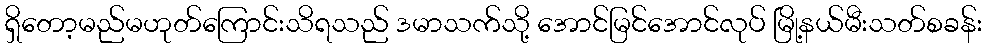
ရှိတော့မည်မဟုတ်ကြောင်းသိရသည် ဒမာသက်သို့ အောင်မြင်အောင်လုပ် မြို့နယ်မီးသတ်စခန်း